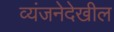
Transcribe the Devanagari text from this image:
व्यंजनेदेखील